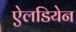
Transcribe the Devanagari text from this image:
ऐलडियेन